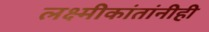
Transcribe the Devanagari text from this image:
लक्ष्मीकांतांनीही